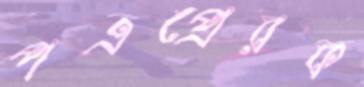
পত্রপ্রেরক